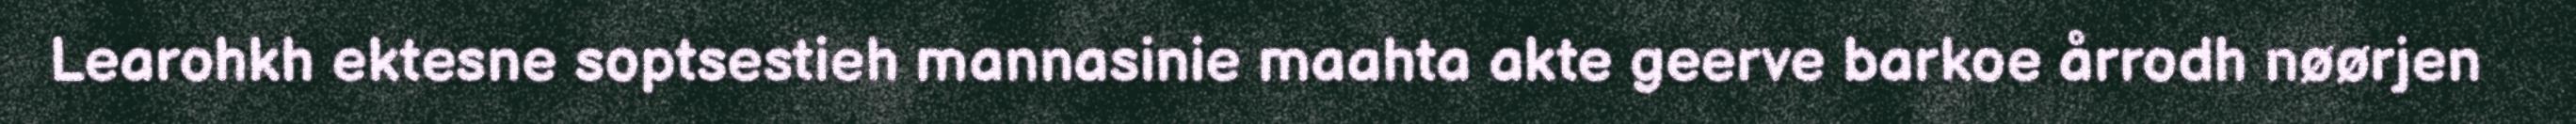
Learohkh ektesne soptsestieh mannasinie maahta akte geerve barkoe årrodh nøørjen